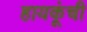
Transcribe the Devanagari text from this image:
हायकूंची